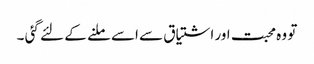
تو وہ محبت اور اشتیاق سے اسے ملنے کے لئے گئی ۔